Report on plague and inoculation in the Punjab from October 1st ... to September 30th..., being the ... season of plague in the province
Disease focus: Plague
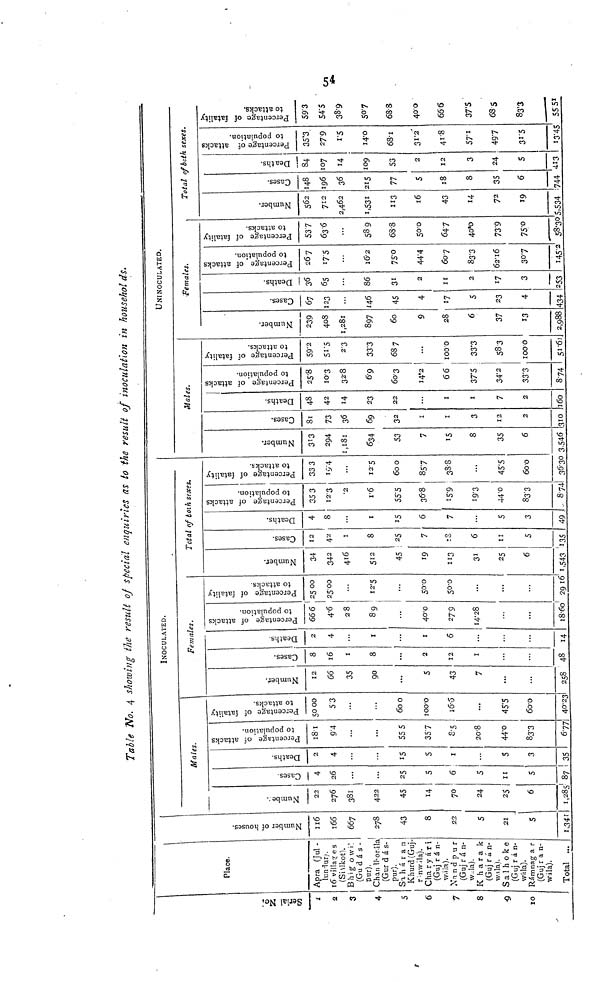
Table No. 4 showing the result of Special enquirles as to the result of inoculatlon in honsekolds.
Inoculated
03
2
3
4
5
6
7
8
•9
10
Place.
Apra (Jul -
lutriur;.
16 villages
(Shákot).
B h i g o w 1'
(Gu d á s -
Pur).
Chanlborála
(Gur dás-
pur).
Sa h ii r a n
Khurd (Guj-
r-nw'.laj.
Cha r y a r i
(Guj r á n-
wála).
Na n d p u r
(Guj rá n-
w.la).
K h a r a k
(Guj r a n-
vala).
Sa 1h 0 k e
(Guj ran-
wála).
Rámnag a r
(Guj ran-
wála).
Total ...
Number of houses
II6
166
667
278
43
8
22
5
21
5
Males.
Number
22
276
381
422
45
70
24
25
6
1,285'
cases
4
26
25
5
6
5
11
5
87
Death
2
4
15
5
1
S
3
35
Percentage of attacks fatality to attack
181
9 4
55 5
357
8.5
20.8
44.0
83.3
677
Percentage to fatality to attack
5000
53
600
100.0
16.6
...
45.5
60.0
40.23
INOCULATED.
Females.
Number
12
66
35
90
5
43
7
258'
Cases
8
16
1
8
2
12
1
48
Death
2
4
I
I
6
14
Percentage of attacks fatality to attack
666
4.6
28
89
40.0
27.9
14.28
18.60
Percentage to fatality to attack
2500
25-00
12.5
500
50.0
...
...
2916
Total of both sexes.
Number
34
342
416
512
45
19
113
31
25
6
1.543
Cases
12
42
I
8
25
7
18
6
11
5
135
Death
4
8
...
1
15
6
7
5
3
49
Percentage of attacks fatality to attack
35 3
12.3
•2
r6
55.5
36.8
15.9
19.3
44.0
83.3
874
Percentage to fatality to attack
33 3
19.4
12.5
60 0
857
38.8
...
45.5
600
36.30
UNINOCULATED.
Males.
Number
313
294
1,181
634
53
7
15
8
35
6
3,546
Cases
81
73
36
69
32
1
1
3
12
2
310
Death
48
42
23
22
1
1
7
2
160
Percentage of attacks fatality to attack
25.8
10.3
32.8
6.9
603
14.2
66
37.5
34.2
33.3
8.74
Percentage to fatality to attack
59.2
51.5
2.3
33.3
687
...
1000
33.3
583
1000
51.61
Number
239
408
1,28l
897
60
9
28
6
37
13
2,988
•Females.
Cases
67
123
146
45
4
17
5
23
4
434
Death
36
65
86
31
2
11
2
17
3
Percentage of attacks fatality to attack
267
17.5
16.2
75.0
44.4
607
83.3
62.16
307
145.2
Percentage to fatality to attack
537
636
589
68.8
500
647
40.]0
73.9
75.0
58-30
Total of both sexes.
Number
562
712
2,462
1,531
113
16
43
14
72
19
,534
Cases
148
196
36
215
77
5
18
8
35
6
744
Death
84
107
14
109
53
2
12
3
24
5
413
Percentage of attacks fatality to attac
35.3
27 9
1.5.5
14.0
68.1
31.2
41.8
57.1
497
31.5
13.45
Percentage to fatality to attack
593
54.5
38.9
50.7
688
400
666
37.5
685
83.3
5551